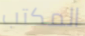
المكتب